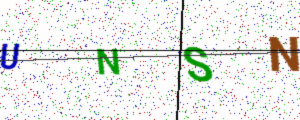
Text: UNSN